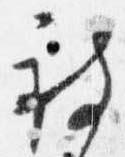
被